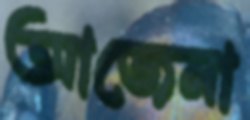
আজেনা